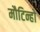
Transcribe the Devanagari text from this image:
मौटिन्हो